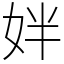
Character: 姅